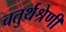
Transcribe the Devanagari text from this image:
चतुर्थश्रेणी